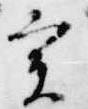
実